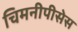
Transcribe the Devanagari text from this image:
चिमनीपीसेस